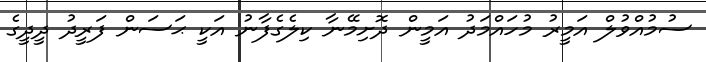
ސުމުއްވުލް އަމީރު މުހައްމަދު އަމީން ދޮށިމޭނާ ކިލެގެފާނު އަކީ ޙަސަން ފަރީދު ދީދީގެ